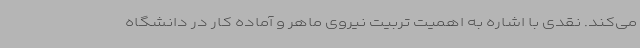
می‌کند. نقدی با اشاره به اهمیت تربیت نیروی ماهر و آماده کار در دانشگاه